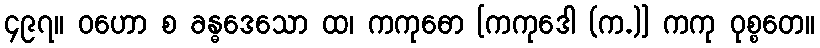
၄၉၇။ ဝဟော စ ခန္ဓဒေသော ထ၊ ကကုဓော [ကကုဒေါ (က.)] ကကု ဝုစ္စတေ။